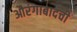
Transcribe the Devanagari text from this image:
औरंगाबादची